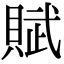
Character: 賦